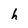
Character: h